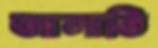
আলাভি